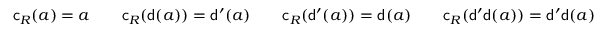
\begin{array} { r l r l r l r } { \mathsf { c } _ { R } ( a ) = a } & { } & { \mathsf { c } _ { R } ( \mathsf { d } ( a ) ) = \mathsf { d } ^ { \prime } ( a ) } & { } & { \mathsf { c } _ { R } ( \mathsf { d } ^ { \prime } ( a ) ) = \mathsf { d } ( a ) } & { } & { \mathsf { c } _ { R } ( \mathsf { d } ^ { \prime } \mathsf { d } ( a ) ) = \mathsf { d } ^ { \prime } \mathsf { d } ( a ) } \end{array}